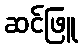
ဆင်ဖြူ